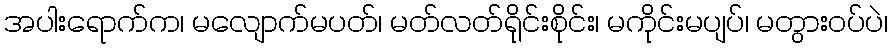
အပါးရောက်က၊ မလျောက်မပတ်၊ မတ်လတ်ရိုင်းစိုင်း၊ မကိုင်းမပျပ်၊ မတွားဝပ်ပဲ၊